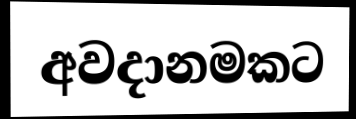
අවදානමකට